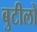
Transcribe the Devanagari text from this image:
बुटीलों